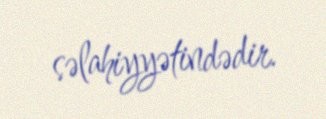
səlahiyyətindədir.